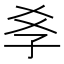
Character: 𡥈